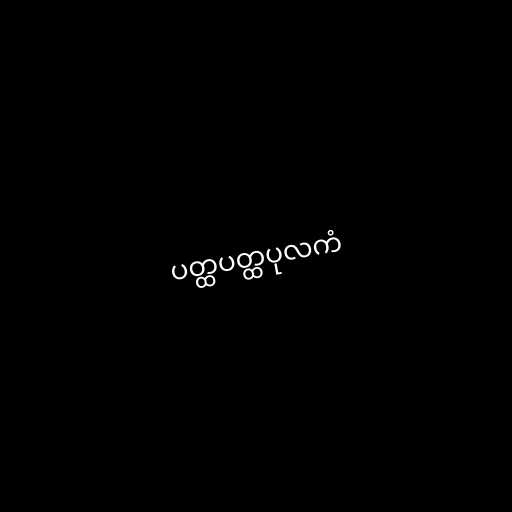
ပတ္ထပတ္ထပုလကံ